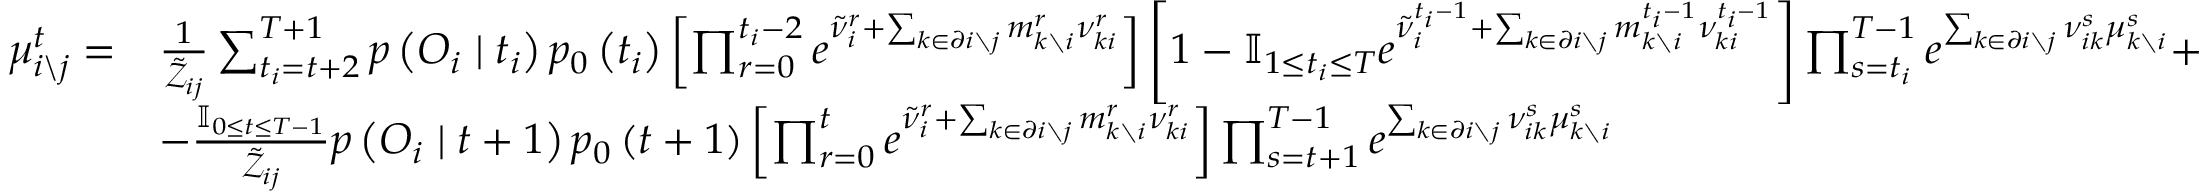
\begin{array} { r l } { \mu _ { i \backslash j } ^ { t } = } & { \frac { 1 } { \tilde { \mathcal { Z } } _ { i j } } \sum _ { t _ { i } = t + 2 } ^ { T + 1 } p \left( \boldsymbol { O } _ { i } \mid t _ { i } \right) p _ { 0 } \left( t _ { i } \right) \left[ \prod _ { r = 0 } ^ { t _ { i } - 2 } e ^ { \tilde { \nu } _ { i } ^ { r } + \sum _ { k \in \partial i \setminus j } m _ { k \setminus i } ^ { r } \nu _ { k i } ^ { r } } \right] \left[ 1 - \mathbb { I } _ { 1 \leq t _ { i } \leq T } e ^ { \tilde { \nu } _ { i } ^ { t _ { i } - 1 } + \sum _ { k \in \partial i \setminus j } m _ { k \setminus i } ^ { t _ { i } - 1 } \nu _ { k i } ^ { t _ { i } - 1 } } \right] \prod _ { s = t _ { i } } ^ { T - 1 } e ^ { \sum _ { k \in \partial i \setminus j } \nu _ { i k } ^ { s } \mu _ { k \setminus i } ^ { s } } + } \\ & { - \frac { \mathbb { I } _ { 0 \leq t \leq T - 1 } } { \tilde { \mathcal { Z } } _ { i j } } p \left( \boldsymbol { O } _ { i } \mid t + 1 \right) p _ { 0 } \left( t + 1 \right) \left[ \prod _ { r = 0 } ^ { t } e ^ { \tilde { \nu } _ { i } ^ { r } + \sum _ { k \in \partial i \setminus j } m _ { k \setminus i } ^ { r } \nu _ { k i } ^ { r } } \right] \prod _ { s = t + 1 } ^ { T - 1 } e ^ { \sum _ { k \in \partial i \setminus j } \nu _ { i k } ^ { s } \mu _ { k \setminus i } ^ { s } } } \end{array}